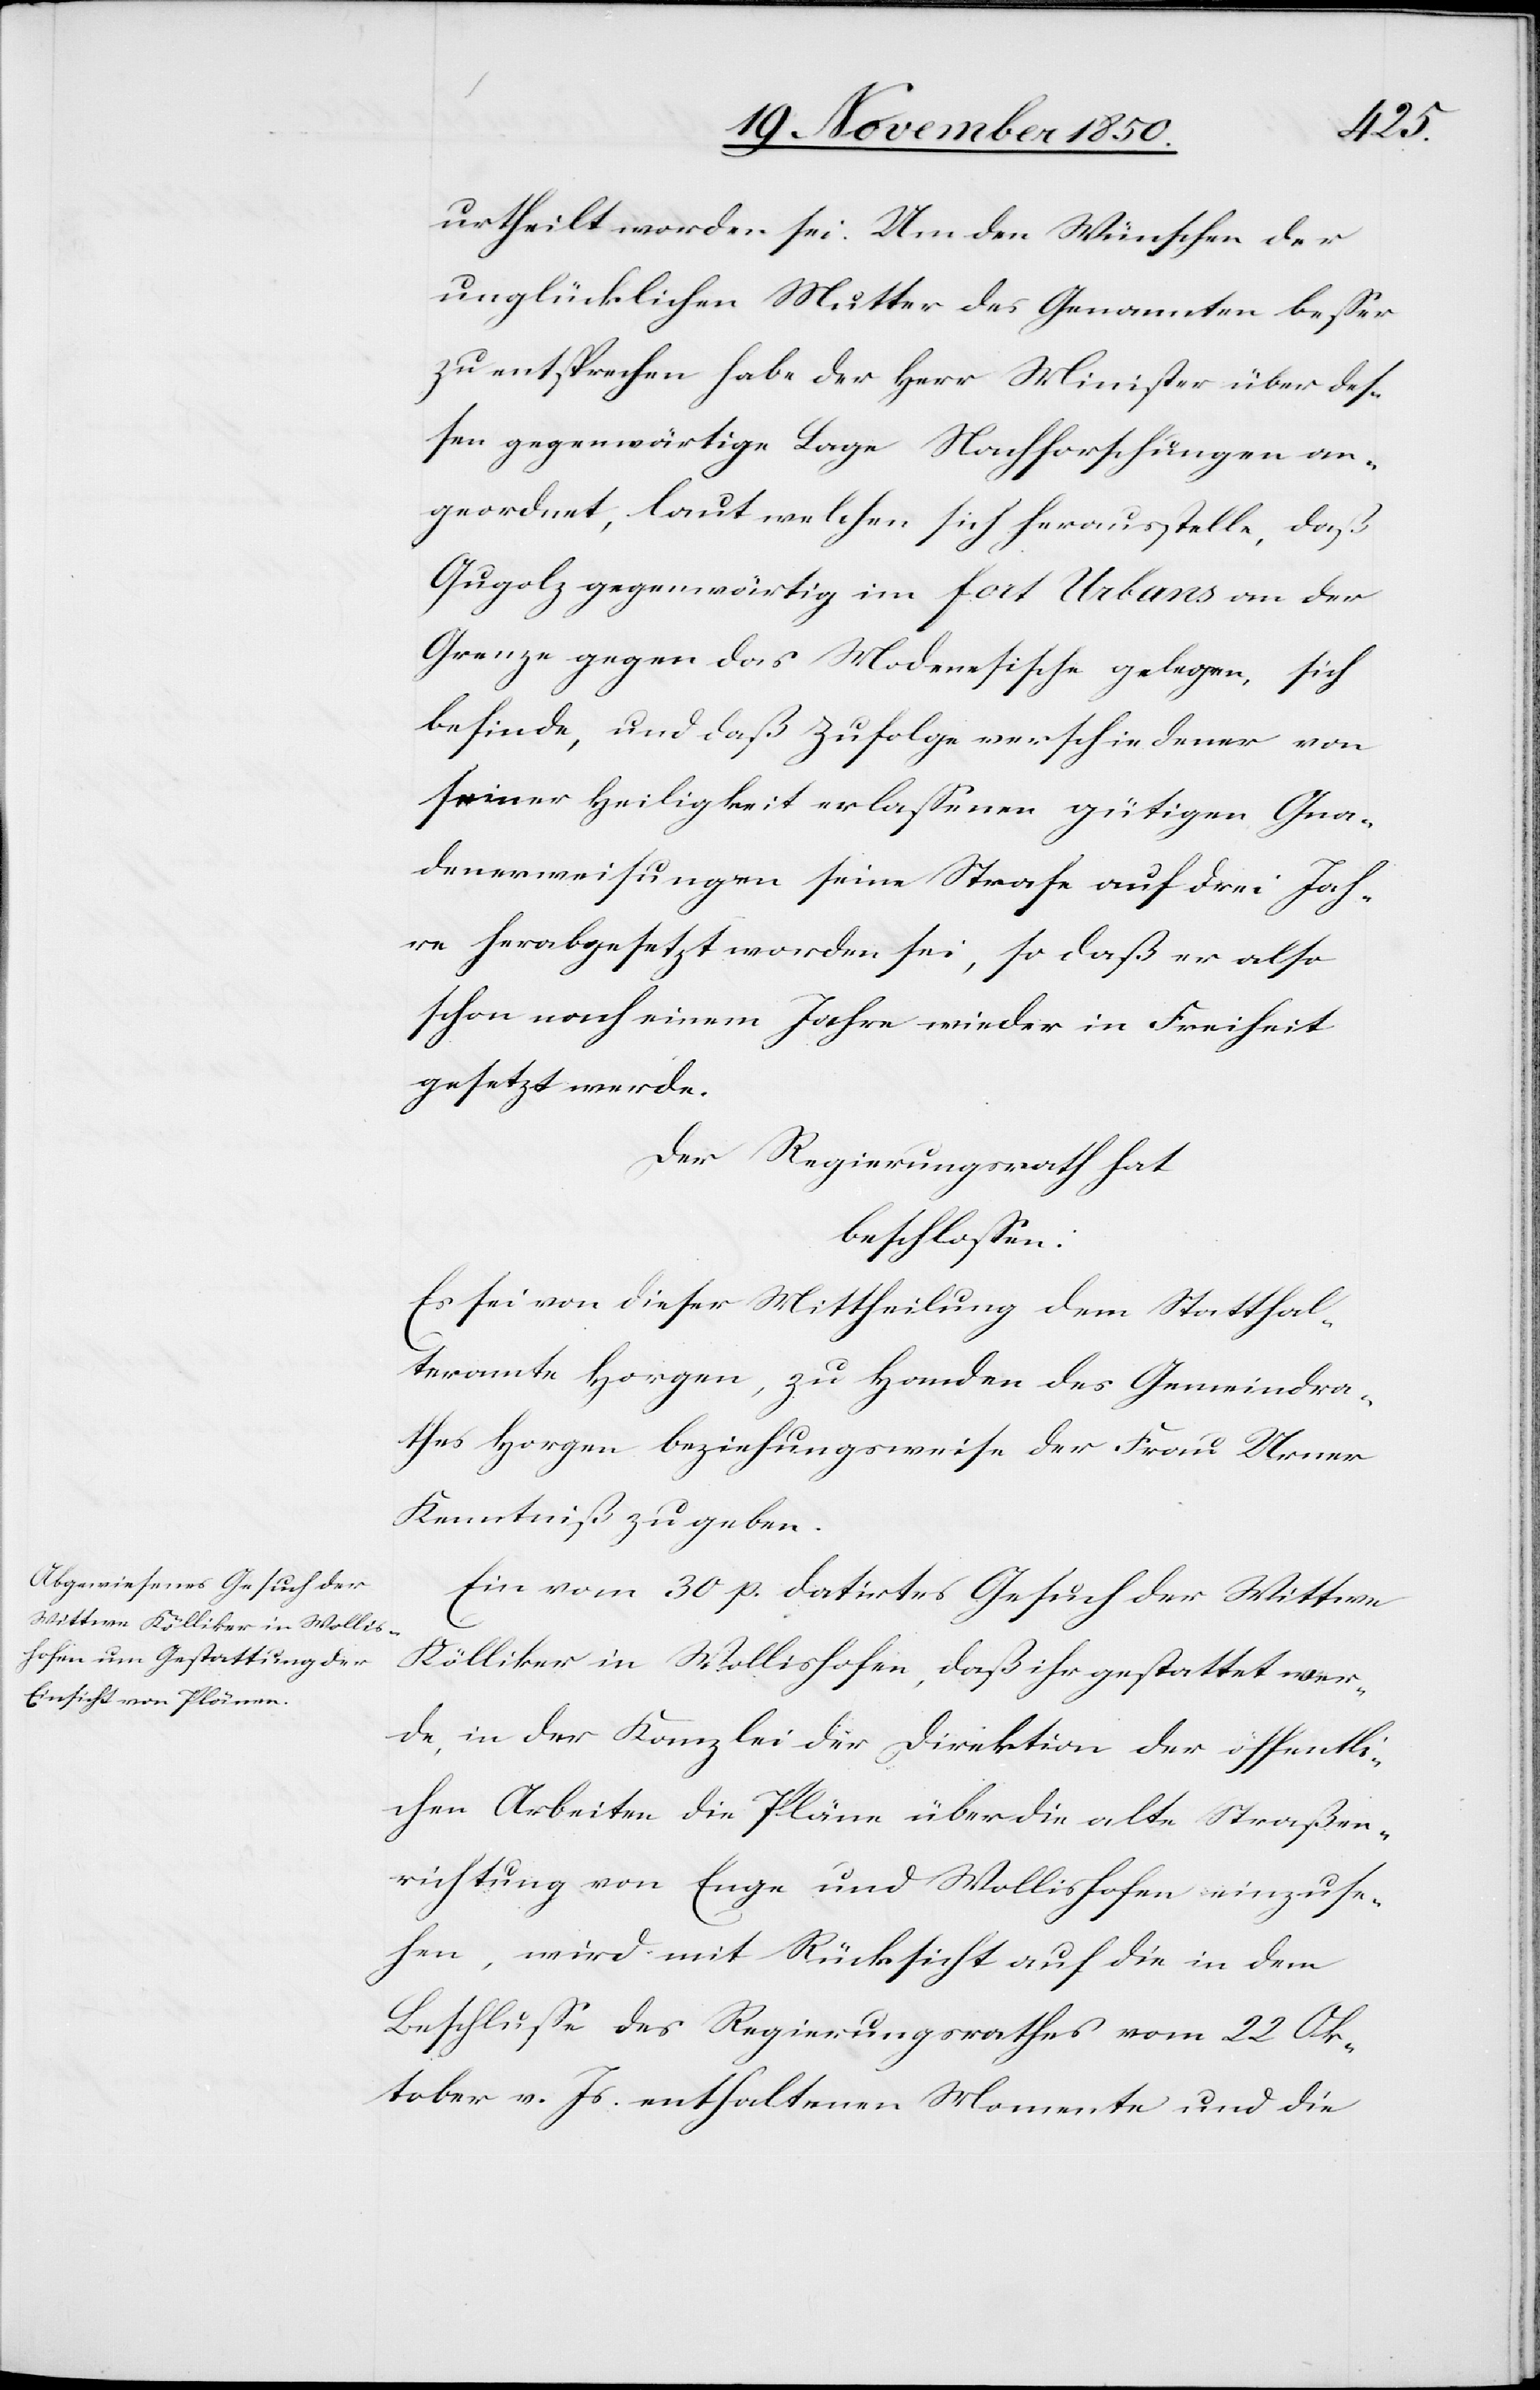
urtheilt worden sei. Um den Wünschen der
unglücklichen Mutter des Genannten besser
zu entsprechen habe der Herr Minister über des¬
sen gegenwärtige Lage Nachforschungen an¬
geordnet, laut welchen sich herausstelle, daß
Gugolz gegenwärtig im fort Urbans an der
Grenze gegen das Modenesische gelegen, sich
befinde, und daß zufolge verschiedener von
seiner Heiligkeit erlassenen gütigen Gna¬
denerweisungen seine Strafe auf drei Jah¬
re herabgesetzt worden sei, so daß er also
schon nach einem Jahre wieder in Freiheit
gesetzt werde.
Der Regierungsrath hat
beschlossen:
Es sei von dieser Mittheilung dem Statthal¬
teramt Horgen, zu Handen des Gemeindra¬
thes Horgen beziehungsweise der Frau Urner
Kenntniß zu geben.
Ein vom 30 p. datirtes Gesuch der Wittwe
Kölliker in Wollishofen, daß ihr gestattet wer¬
de, in der Kanzlei der Direktion der öffentli¬
chen Arbeiten die Pläne über die alte Straßen¬
richtung von Enge und Wollishofen einzuse¬
hen, wird mit Rücksicht auf die in dem
Beschlusse des Regierungsrathes vom 22 Ok¬
tober v. Js. enthaltenen Momente und die